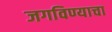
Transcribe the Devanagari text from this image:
जगविण्याचा